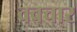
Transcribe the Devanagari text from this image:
ववचार